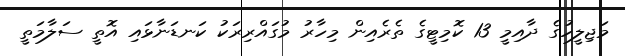
މަޖިލީހުގެ ދާއިމީ 13 ކޮމިޓީގެ ތެރެއިން މިހާރު މުގައްރިރަކު ކަނޑަނާޅައި އޮތީ ސަލާމަތީ